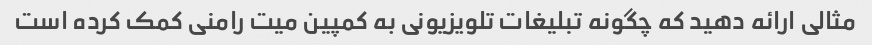
مثالی ارائه دهید که چگونه تبلیغات تلویزیونی به کمپین میت رامنی کمک کرده است